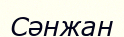
Сәнжан